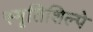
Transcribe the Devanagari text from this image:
स्मृतिशिल्पे